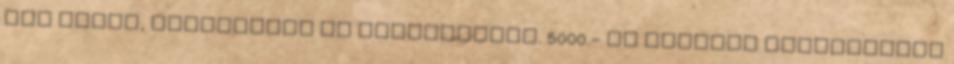
LED izzók, dekorációk és kiegészítők. 5000.- ft feletti vásárlásnál